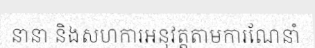
នានា និងសហការអនុវត្តតាមការណែនាំ